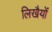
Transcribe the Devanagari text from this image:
लिखैयों